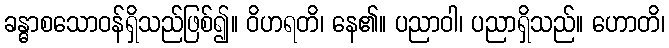
ခန္ဓာစသောဝန်ရှိသည်ဖြစ်၍။ ဝိဟရတိ၊ နေ၏။ ပညာဝါ၊ ပညာရှိသည်။ ဟောတိ၊